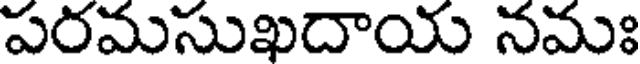
పరమసుఖదాయ నమః